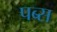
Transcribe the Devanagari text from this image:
पब्स